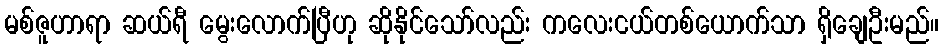
မစ်ဇူဟာရာ ဆယ်ရီ မွေးလောက်ပြီဟု ဆိုနိုင်သော်လည်း ကလေးငယ်တစ်ယောက်သာ ရှိချေဦးမည်။